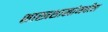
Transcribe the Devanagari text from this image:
शास्त्रशाखांमधील